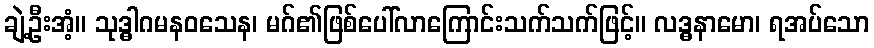
ချဲ့ဦးအံ့။ သုဒ္ဓါဂမနဝသေန၊ မဂ်၏ဖြစ်ပေါ်လာကြောင်းသက်သက်ဖြင့်။ လဒ္ဓနာမော၊ ရအပ်သော